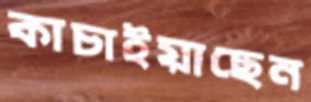
কাচাইয়াছেন